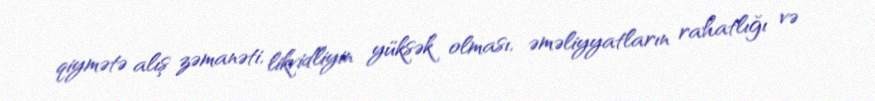
qiymətə alış zəmanəti, likvidliyin yüksək olması, əməliyyatların rahatlığı və